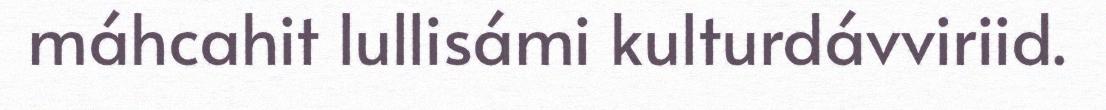
máhcahit lullisámi kulturdávviriid.